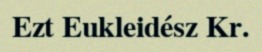
Ezt Eukleidész Kr.